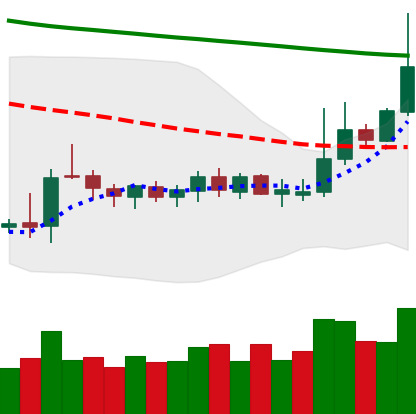
Ticker: DOGE-USD
Chart end date: 2019-10-17
Forward return: -6.897%
Label: down_5_7